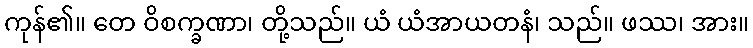
ကုန်၏။ တေ ဝိစက္ခဏာ၊ တို့သည်။ ယံ ယံအာယတနံ၊ သည်။ ဖဿ၊ အား။